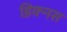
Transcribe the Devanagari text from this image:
डिक्नस